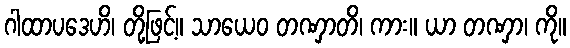
ဂါထာပဒေဟိ၊ တို့ဖြင့်။ သာယေဝ တဏှာတိ၊ ကား။ ယာ တဏှာ၊ ကို။